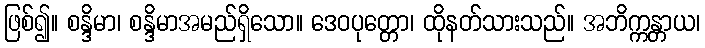
ဖြစ်၍။ စန္ဒိမာ၊ စန္ဒိမာအမည်ရှိသော။ ဒေဝပုတ္တော၊ ထိုနတ်သားသည်။ အဘိက္ကန္တာယ၊